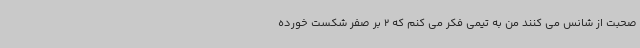
صحبت از شانس می کنند من به تیمی فکر می کنم که 2 بر صفر شکست خورده